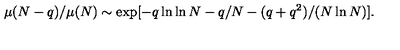
\mu ( N - q ) / \mu ( N ) \sim \exp [ - q \ln \ln N - q / N - ( q + q ^ { 2 } ) / ( N \ln N ) ] .